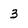
Character: 3